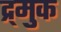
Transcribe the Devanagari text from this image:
द्र्मुक